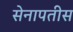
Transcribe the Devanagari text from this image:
सेनापतीस